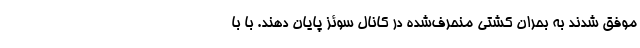
موفق شدند به بحران کشتی منحرف‌شده در کانال سوئز پایان دهند. با با